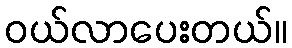
ဝယ်လာပေးတယ်။